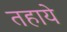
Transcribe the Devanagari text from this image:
तहाये